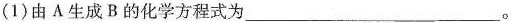
(1)由A生成B的化学方程式为___。